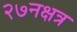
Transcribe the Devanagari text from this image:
२७नक्षत्र